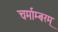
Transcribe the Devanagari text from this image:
चर्माम्बरम्